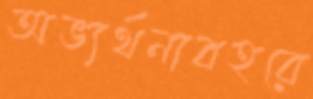
অভ্যর্থনাবহরে